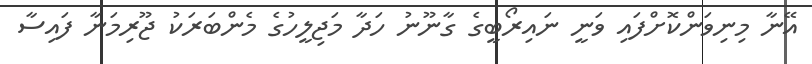
އޭނާ މިނިވަންކޮށްފައި ވަނީ ނައިރޯބީގެ ގާނޫނު ހަދާ މަޖިލީހުގެ މެންބަރަކު ޖޫރިމަނާ ފައިސާ